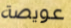
عويصة